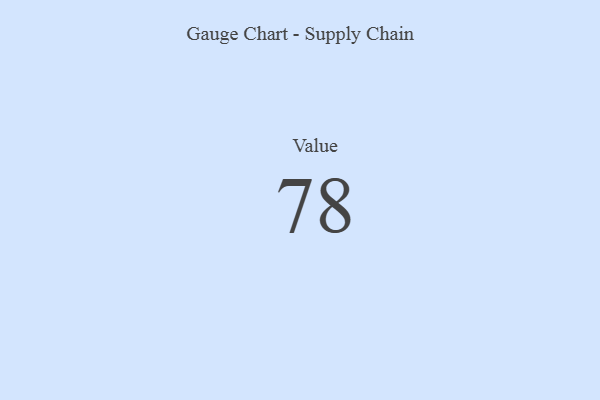
{"axis": {"x": "Metric", "y": "Value"}, "legend": [""], "data": [{"x": "Value", "y": 78, "type": ""}]}